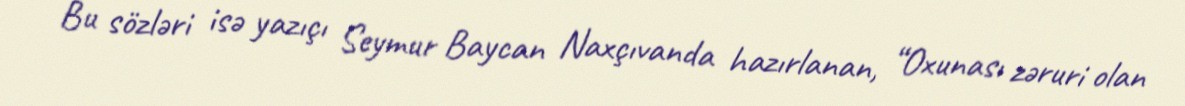
Bu sözləri isə yazıçı Seymur Baycan Naxçıvanda hazırlanan, “Oxunası zəruri olan